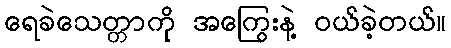
ရေခဲသေတ္တာကို အကြွေးနဲ့ ဝယ်ခဲ့တယ်။